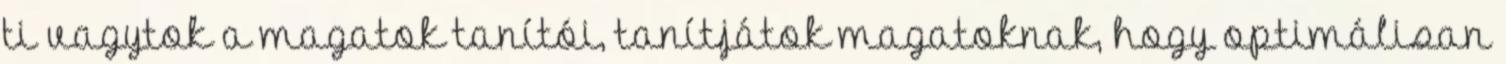
ti vagytok a magatok tanítói, tanítjátok magatoknak, hogy optimálisan